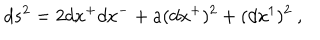
LaTeX: d s ^ { 2 } = 2 d x ^ { + } d x ^ { - } + a ( d x ^ { + } ) ^ { 2 } + ( d x ^ { 1 } ) ^ { 2 } ~ ,